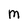
Character: M